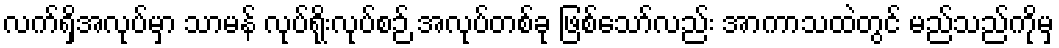
လက်ရှိအလုပ်မှာ သာမန် လုပ်ရိုးလုပ်စဉ် အလုပ်တစ်ခု ဖြစ်သော်လည်း အာကာသထဲတွင် မည်သည်ကိုမှ